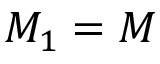
M _ { 1 } = M